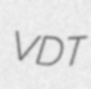
VDT